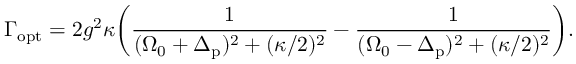
\Gamma _ { \mathrm { o p t } } = 2 g ^ { 2 } \kappa \bigg ( \frac { 1 } { ( \Omega _ { 0 } + \Delta _ { \mathrm { p } } ) ^ { 2 } + ( \kappa / 2 ) ^ { 2 } } - \frac { 1 } { ( \Omega _ { 0 } - \Delta _ { \mathrm { p } } ) ^ { 2 } + ( \kappa / 2 ) ^ { 2 } } \bigg ) .